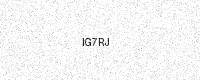
Text: IG7RJ